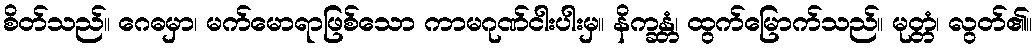
စိတ်သည်။ ဂေဓမှာ၊ မက်မောရာဖြစ်သော ကာမဂုဏ်ငါးပါးမှ။ နိက္ခန္တံ၊ ထွက်မြောက်သည်။ မုတ္တံ၊ လွတ်၏။